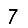
Digit: 7